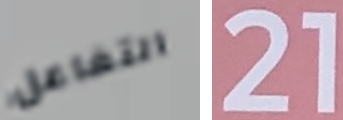
التفاعل 21